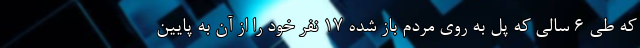
که طی 6 سالی که پل به روی مردم باز شده 17 نفر خود را از آن به پایین